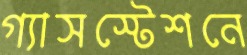
গ্যাসস্টেশনে